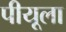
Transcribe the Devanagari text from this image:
पीयूला